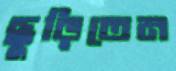
ছুড়িতেন